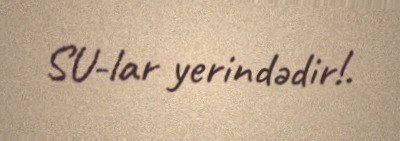
SU-lar yerindədir!.